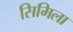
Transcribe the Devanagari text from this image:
सिमिला